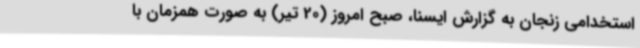
استخدامی زنجان به گزارش ایسنا، صبح امروز (20 تیر) به صورت همزمان با